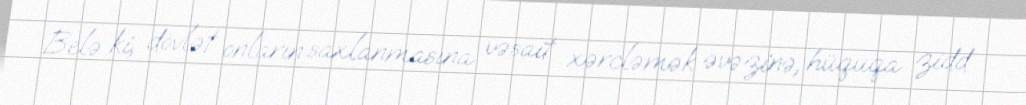
Belə ki, dövlət onların saxlanmasına vəsait xərcləmək əvəzinə, hüquqa zidd